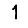
Digit: 1